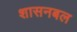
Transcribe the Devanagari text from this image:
शासनबल